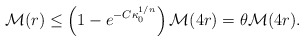
\begin{align*}\mathcal{M}(r) \leq \left(1-e^{-C\kappa_0^{1/n}}\right)\mathcal{M}(4r) =\theta\mathcal{M}(4r).\end{align*}